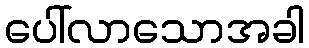
ပေါ်လာသောအခါ